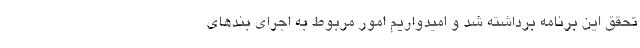
تحقق این برنامه برداشته شد و امیدواریم امور مربوط به اجرای بندهای